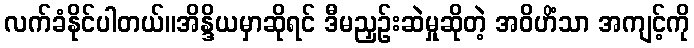
လက်ခံနိုင်ပါတယ်။အိန္ဒိယမှာဆိုရင် ဒီမညှဉ်းဆဲမှုဆိုတဲ့ အဝိဟိံသာ အကျင့်ကို